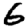
Digit: 6